Indian journal of veterinary science and animal husbandry - Volumes 22-23, 1952-1953
Year: 1952
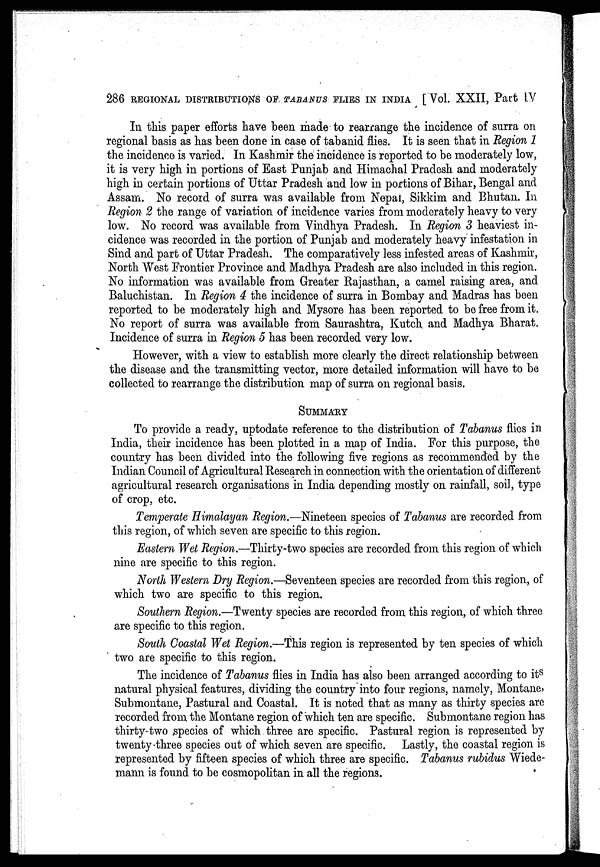
286 REGIONAL DISTRIBUTIONS OF TABANUS FLIES IN INDIA [Vol. XXII, Part IV
In this paper efforts have been made to rearrange the incidence of surra on
regional basis as has been done in case of tabanid flies. It is seen that in Region 1
the incidence is varied. In Kashmir the incidence is reported to be moderately low,
it is very high in portions of East Punjab and Himachal Pradesh and moderately
high in certain portions of Uttar Pradesh and low in portions of Bihar, Bengal and
Assam. No record of surra was available from Nepal, Sikkim and Bhutan. In
Region 2 the range of variation of incidence varies from moderately heavy to very
low. No record was available from Vindhya Pradesh. In Region 3 heaviest in-
cidence was recorded in the portion of Punjab and moderately heavy infestation in
Sind and part of Uttar Pradesh. The comparatively less infested areas of Kashmir,
North West Frontier Province and Madhya Pradesh are also included in this region.
No information was available from Greater Rajasthan, a camel raising area, and
Baluchistan. In Region 4 the incidence of surra in Bombay and Madras has been
reported to be moderately high and Mysore has been reported to be free from it.
No report of surra was available from Saurashtra, Kutch, and Madhya Bharat.
Incidence of surra in Region 5 has been recorded very low.
However, with a view to establish more clearly the direct relationship between
the disease and the transmitting vector, more detailed information will have to be
collected to rearrange the distribution map of surra on regional basis.
SUMMARY
To provide a ready, uptodate reference to the distribution of Tabanus flics in
India, their incidence has been plotted in a map of India. For this purpose, the
country has been divided into the following five regions as recommended by the
Indian Council of Agricultural Research in connection with the orientation of different
agricultural research organisations in India depending mostly on rainfall, soil, type
of crop, etc.
Temperate Himalayan Region.—Nineteen species of Tabanus are recorded from
this region, of which seven are specific to this region.
Eastern Wet Region.—Thirty-two species are recorded from this region of which
nine are specific to this region.
North Western Dry Region.—Seventeen species are recorded from this region, of
which two are specific to this region.
Southern Region.—Twenty species are recorded from this region, of which three
are specific to this region.
South Coastal Wet Region.—This region is represented by ten species of which
two are specific to this region.
The incidence of Tabanus flies in India has also been arranged according to its
natural physical features, dividing the country into four regions, namely, Montane,
Submontane, Pastural and Coastal. It is noted that as many as thirty species are
recorded from, the Montane region of which ten are specific. Submontane region has
thirty-two species of which three are specific. Pastural region is represented by
twenty-three species out of which seven are specific. Lastly, the coastal region is
represented by fifteen species of which three are specific. Tabanus rubidus Wiede-
mann is found to be cosmopolitan in all the regions.